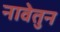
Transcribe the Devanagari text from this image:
नावेतुन